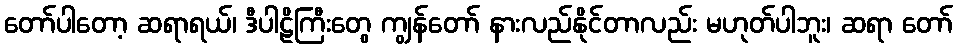
တော်ပါတော့ ဆရာရယ်၊ ဒီပါဠိကြီးတွေ ကျွန်တော် နားလည်နိုင်တာလည်း မဟုတ်ပါဘူး၊ ဆရာ တော်